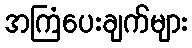
အကြံပေးချက်များ